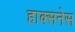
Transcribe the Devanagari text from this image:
हाक्सनेस